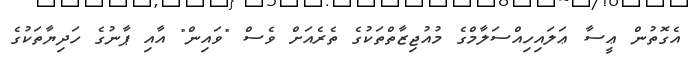
އެގޮތުން ޢީސާ ޢަލައިހިއްސަލާމްގެ މުއުޖިޒާތްތަކުގެ ތެރެއަށް ވެސް "ވައިން" އާއި ޕާނުގެ ހަދިޔާތަކުގެ